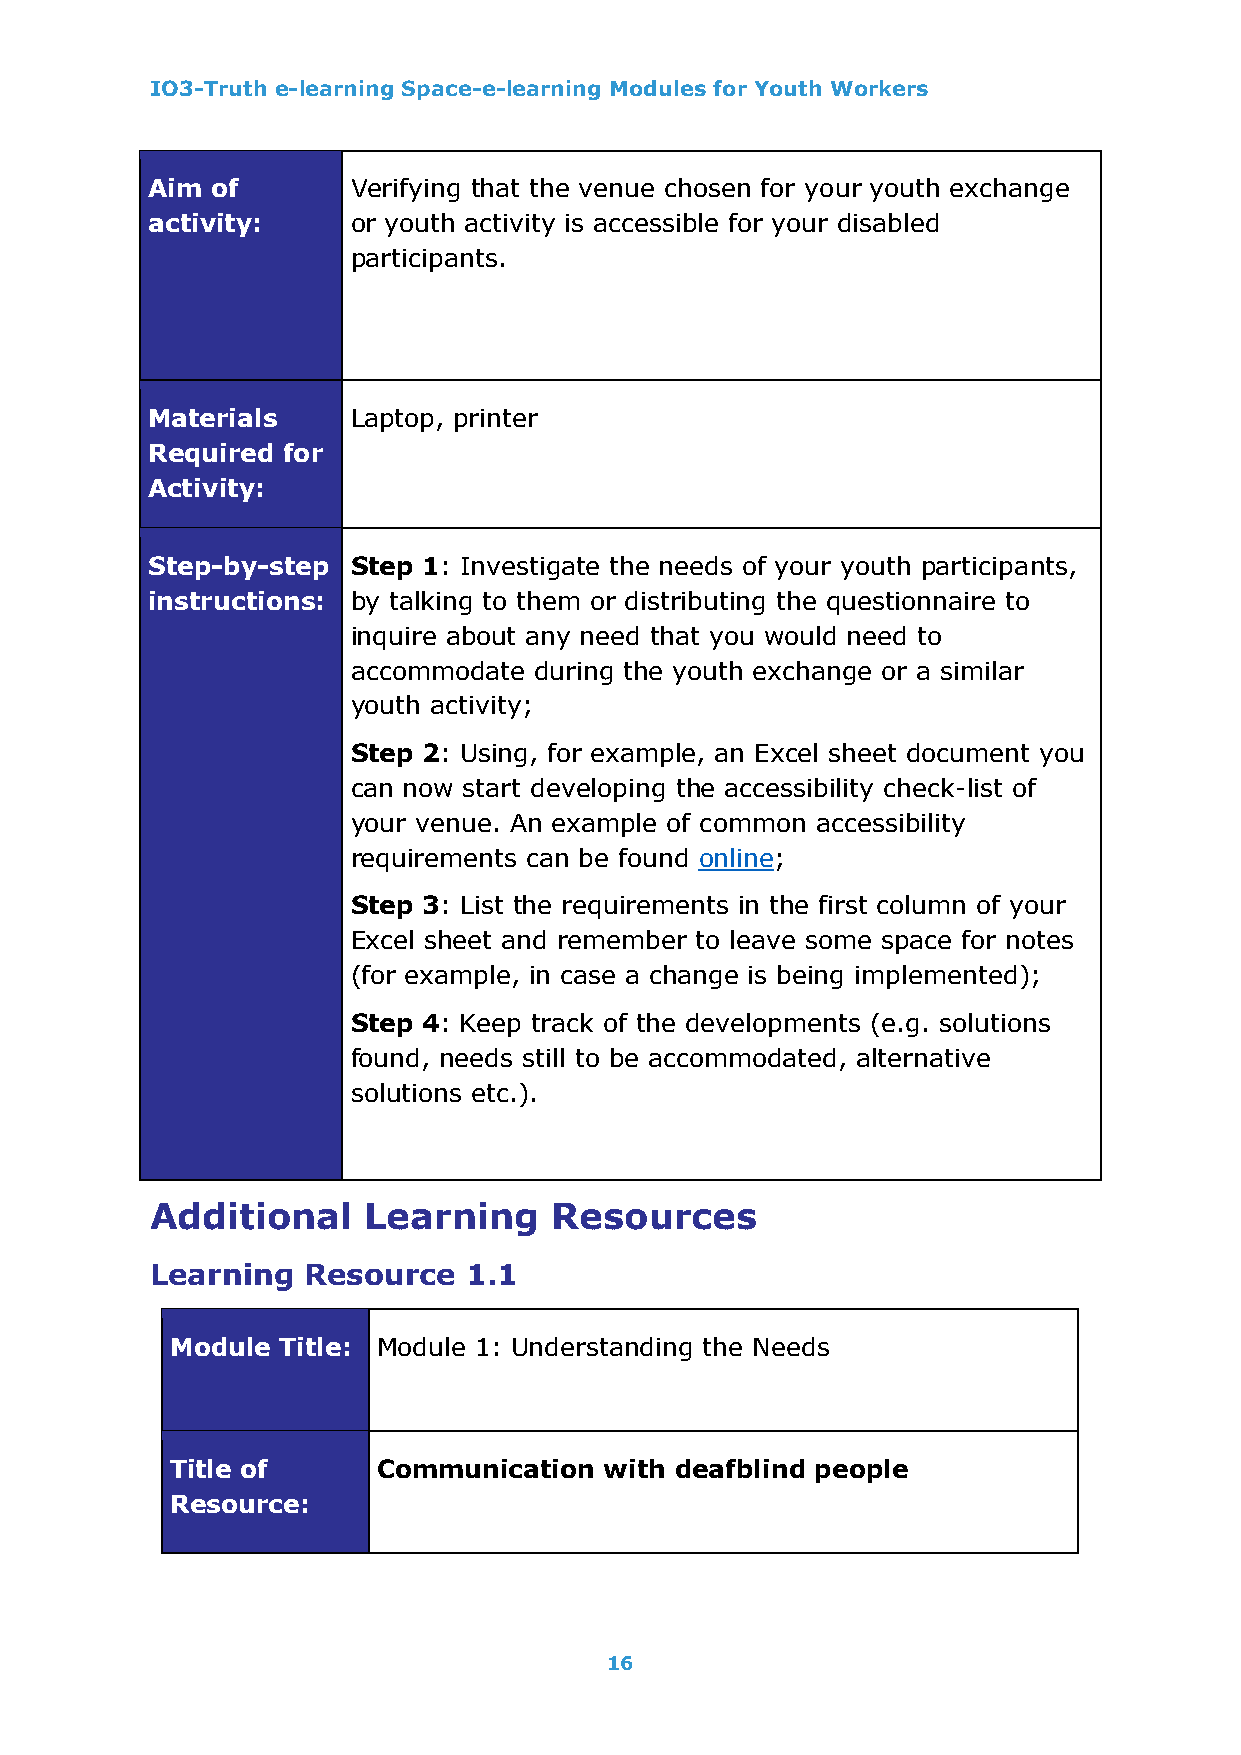
IO3-Truth e-learning Space-e-learning Modules for Youth Workers
 Aim of       Verifying that the venue chosen for your youth exchange
 activity:    or youth activity is accessible for your disabled
 participants.
 Materials    Laptop, printer
 Required for
 Activity:
 Step-by-step Step 1: Investigate the needs of your youth participants,
 instructions: by talking to them or distributing the questionnaire to
 inquire about any need that you would need to
 accommodate during the youth exchange or a similar
 youth activity;
 Step 2: Using, for example, an Excel sheet document you
 can now start developing the accessibility check-list of
 your venue. An example of common accessibility
 requirements can be found online;
 Step 3: List the requirements in the first column of your
 Excel sheet and remember to leave some space for notes
 (for example, in case a change is being implemented);
 Step 4: Keep track of the developments (e.g. solutions
 found, needs still to be accommodated, alternative
 solutions etc.).
 Additional    Learning     Resources
 Learning  Resource   1.1
 Module  Title: Module 1: Understanding the Needs
 Title of      Communication  with deafblind people
 Resource:
 16